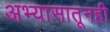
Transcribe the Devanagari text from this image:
अभ्यासातूनही